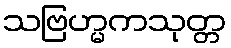
သဗြဟ္မကသုတ္တ